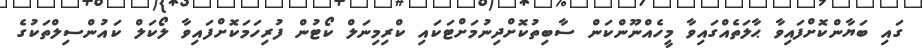
ގައި ބަޔާންކޮށްފައިވާ ޙާލަތެއްގައިވާ މީހެއްނޫންކަން ސާބިތުކޮށްދިނުމަށްޓަކައި ކްރިމިނަލް ކޯޓުން ފުރިހަމަކޮށްފައިވާ ލޯކަލް ކައުންސިލްތަކުގެ